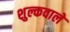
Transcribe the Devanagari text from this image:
शुल्कवाले